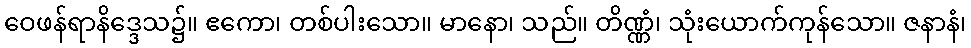
ဝေဖန်ရာနိဒ္ဒေသ၌။ ဧကော၊ တစ်ပါးသော။ မာနော၊ သည်။ တိဏ္ဏံ၊ သုံးယောက်ကုန်သော။ ဇနာနံ၊